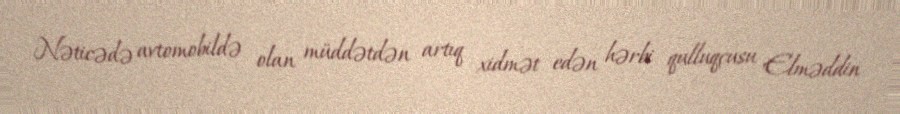
Nəticədə avtomobildə olan müddətdən artıq xidmət edən hərbi qulluqçusu Elməddin